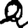
Digit: 2